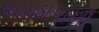
સાદડાપાણી